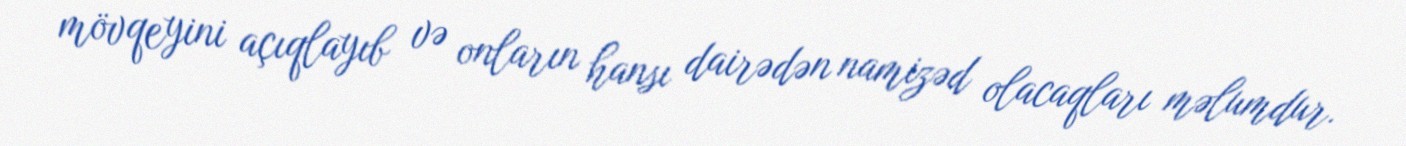
mövqeyini açıqlayıb və onların hansı dairədən namizəd olacaqları məlumdur.